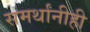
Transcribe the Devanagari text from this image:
समर्थांनीही